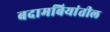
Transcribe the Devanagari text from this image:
बदामबियांतील